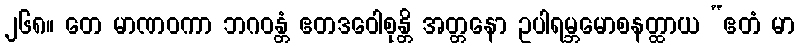
၂၆၈။ တေ မာဏဝကာ ဘဂဝန္တံ ဧတဒဝေါစုန္တိ အတ္တနော ဥပါရမ္ဘမောစနတ္ထာယ “ဧတံ မာ